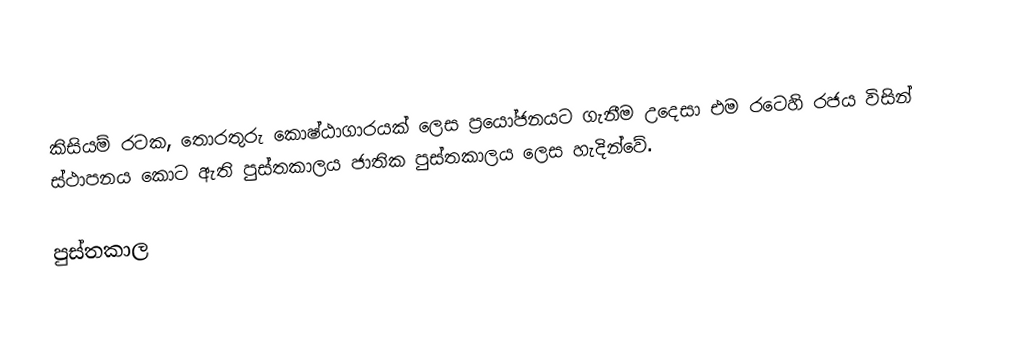
කිසියම් රටක, තොරතුරු කොෂ්ඨාගාරයක් ලෙස ප්‍රයෝජනයට ගැනීම උදෙසා එම රටෙහි රජය විසින් ස්ථාපනය කොට ඇති පුස්තකාලය ජාතික පුස්තකාලය ලෙස හැදින්වේ.

පුස්තකාල